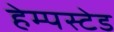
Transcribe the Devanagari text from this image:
हेम्पस्टेड